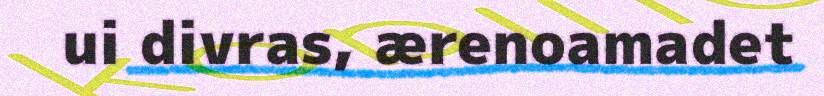
ui divras, ærenoamadet